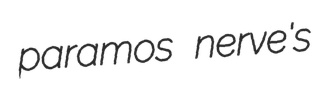
paramos nerve's